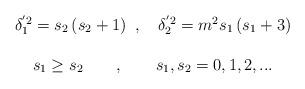
LaTeX: \begin{align*}\begin{array}{c}\delta _1^{^{\prime }2}=s_2\left( s_2+1\right) \ ,\quad \delta _2^{^{\prime}2}=m^2s_1\left( s_1+3\right) \\\\s_1\geq s_2\qquad ,\qquad s_1,s_2=0,1,2,...\end{array}\end{align*}